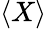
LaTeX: \left\langle X\right\rangle